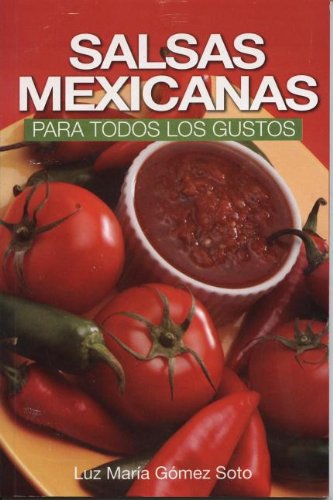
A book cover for Salsas Mexicanas para todos los gustos (RTM Ediciones) (Spanish Edition); Luz Maria Gomez Soto; Cookbooks, Food & Wine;